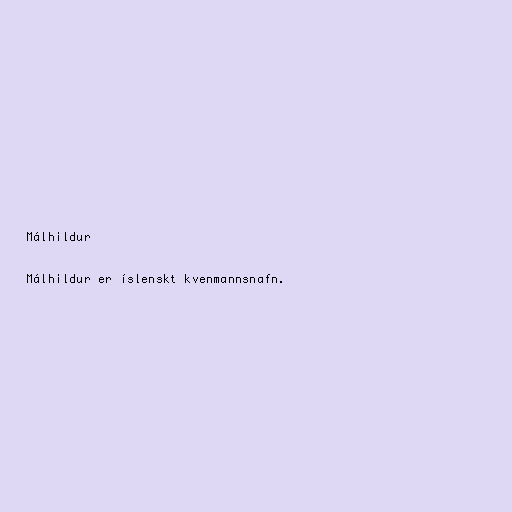
Málhildur

Málhildur er íslenskt kvenmannsnafn.